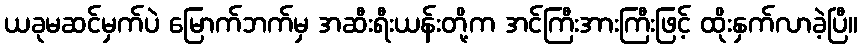
ယခုမဆင်မှက်ပဲ မြောက်ဘက်မှ အဆီးရီးယန်းတို့က အင်ကြီးအားကြီးဖြင့် ထိုးနှက်လာခဲ့ပြီ။